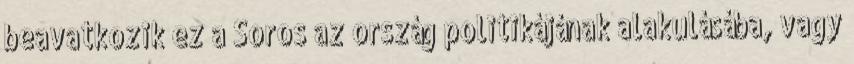
beavatkozik ez a Soros az ország politikájának alakulásába, vagy